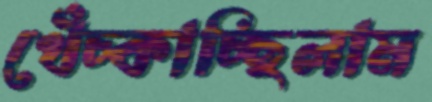
খেঁচ্‌কাচ্ছিলাম